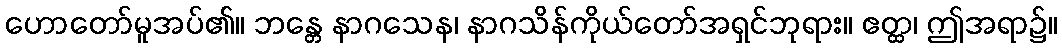
ဟောတော်မူအပ်၏။ ဘန္တေ နာဂသေန၊ နာဂသိန်ကိုယ်တော်အရှင်ဘုရား။ ဧတ္ထ၊ ဤအရာ၌။